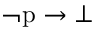
\lnot { \mathrm { p } } \to \bot